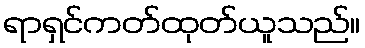
ရာရှင်ကတ်ထုတ်ယူသည်။